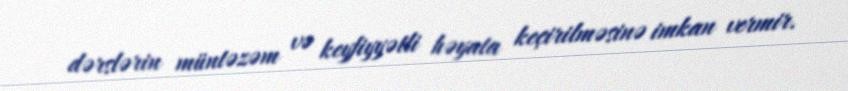
dərslərin müntəzəm və keyfiyyətli həyata keçirilməsinə imkan vermir.